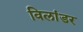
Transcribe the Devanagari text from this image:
विलांडर